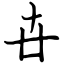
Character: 卋